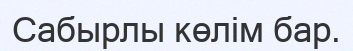
Сабырлы көлім бар.